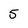
Character: 5